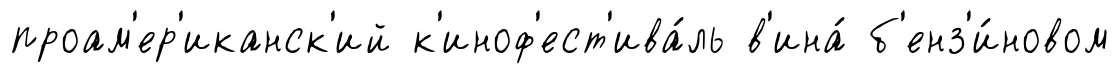
проам'ер'иканск'ий к'иноф'ест'ива́ль в'ина́ б'енз'и́новом